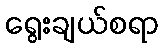
ရွေးချယ်စရာ